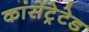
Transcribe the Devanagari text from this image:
कांसेंट्रेटेड